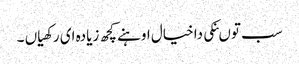
سب توںنکی دا خیال اوہنے کچھ زیادہ ای رکھیاں ۔